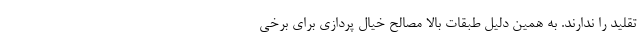
تقلید را ندارند. به همین دلیل طبقات بالا مصالح خیال پردازی برای برخی